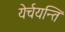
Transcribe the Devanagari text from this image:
येर्चयन्ति